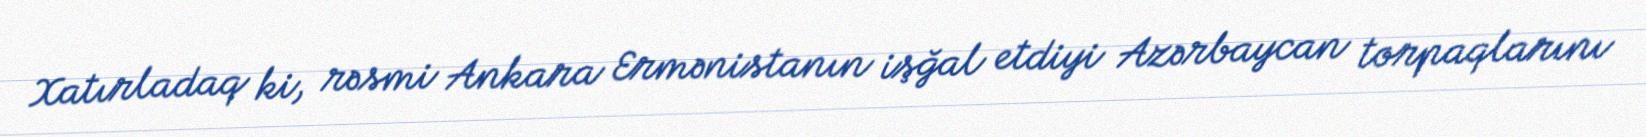
Xatırladaq ki, rəsmi Ankara Ermənistanın işğal etdiyi Azərbaycan torpaqlarını